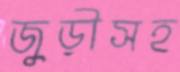
জুড়ীসহ